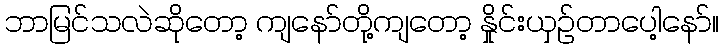
ဘာမြင်သလဲဆိုတော့ ကျနော်တို့ကျတော့ နှိုင်းယှဉ်တာပေါ့နော်။